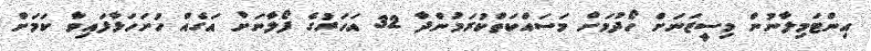
އިންޓަމިލާނުން މިސީޒަނަށް ހޯދުމަށް މަސައްކަތްކުރަމުންދާ 32 އަހަރުގެ ފޯލާނަށް އަގެއް ހުށަހަޅާފައިވާ ކަމަށް